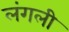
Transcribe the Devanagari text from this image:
लंगली